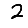
Digit: 2